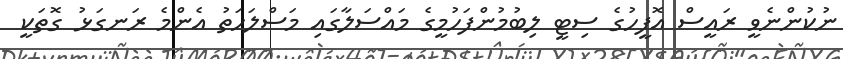
ނުކުންނެވީ ރައީސް އޮފީހުގެ ސިޓީ ލިބުމުންފަހުމީގެ މައްސަލާގައި މަސްލަހަތު އެންމެ ރަނގަޅު ގޮތަކީ